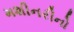
મશીનરીનો